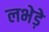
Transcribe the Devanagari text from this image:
लभेड़े